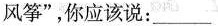
风筝",你应该说:___